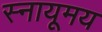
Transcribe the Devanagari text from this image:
स्नायूमय